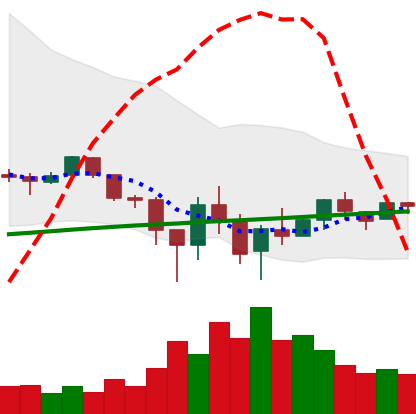
Ticker: LTC-USD
Chart end date: 2018-02-13
Forward return: 35.212%
Label: up_7plus